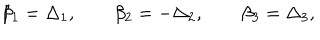
\beta _ { 1 } = \Delta _ { 1 } , \qquad \beta _ { 2 } = - \Delta _ { 2 } , \qquad \beta _ { 3 } = \Delta _ { 3 } ,